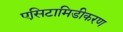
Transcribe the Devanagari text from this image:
एसिटामिडीकरण